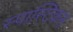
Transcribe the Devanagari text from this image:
स्पास्टिकस